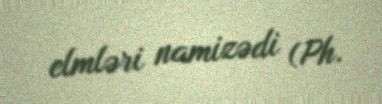
elmləri namizədi (Ph.